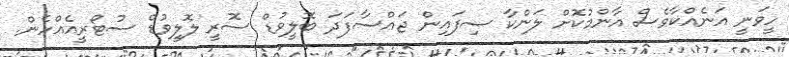
ހީވަނީ އަނެއްކާވެސް އާންމުކޮށް ލަންކާ ސިފައިން ޖައްސާފަދަ ބޮލީވުޑް ސޮރީ ލޮލީވުޑް ސުޓޯރީއެއްހެން.